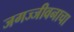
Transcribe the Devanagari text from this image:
जगज्जीवनाचा